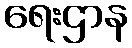
ရေးဌာန